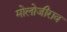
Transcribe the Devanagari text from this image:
मोलोजीराव